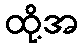
ထို့အ